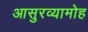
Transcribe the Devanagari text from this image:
आसुरव्यामोह